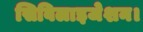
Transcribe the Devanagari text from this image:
सिविलाइजेशन।